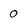
Character: 0